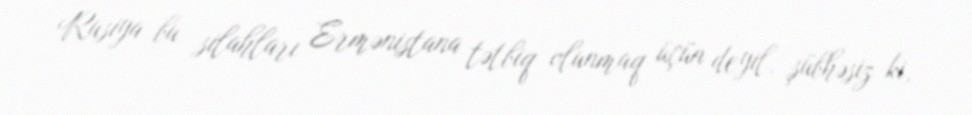
Rusiya bu silahları Ermənistana tətbiq olunmaq üçün deyil, şübhəsiz ki,